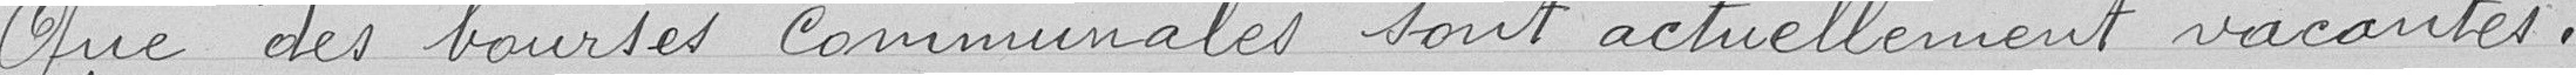
Que des bourses communales sont actuellement vacantes ,